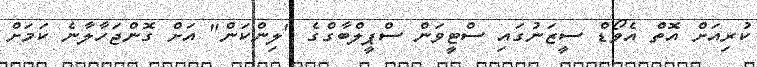
ކުރިއަށް އޮތް އެވޯޑް ސީޒަނުގައި ސްޓީވަން ސްޕީލްބާގްގެ "ލިންކަން" އަށް ގޮންޖަހާލާނެ ކަމަށް